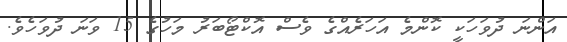
އަންނަ ދުވަހަކީ ކޮންމެ އަހަރެއްގެ ވެސް އޮކްޓޯބަރު މަހުގެ 15 ވަނަ ދުވަހެވެ.